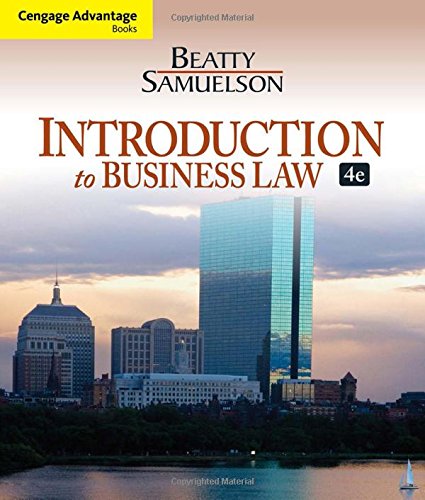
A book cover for Introduction to Business Law, 4th Edition; Jeffrey F. Beatty; Law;